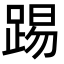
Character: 踢